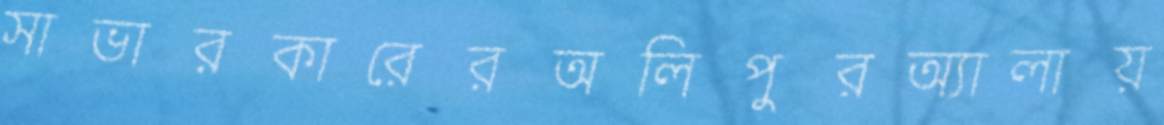
সাভারকারেরঅলিপুরঅ্যালায়